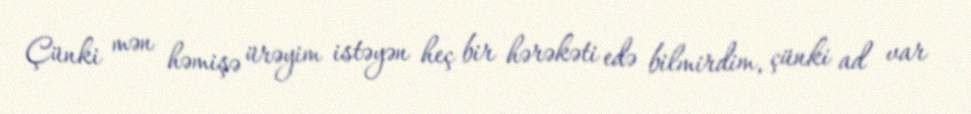
Çünki mən həmişə ürəyim istəyən heç bir hərəkəti edə bilmirdim, çünki ad var